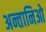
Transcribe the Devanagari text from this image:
अन्तानिओ